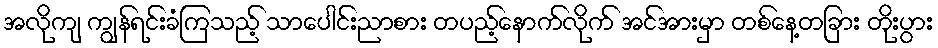
အလိုကျ ကျွန်ရင်းခံကြသည့် သာပေါင်းညာစား တပည့်နောက်လိုက် အင်အားမှာ တစ်နေ့တခြား တိုးပွား